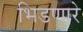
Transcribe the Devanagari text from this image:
भिडणारे